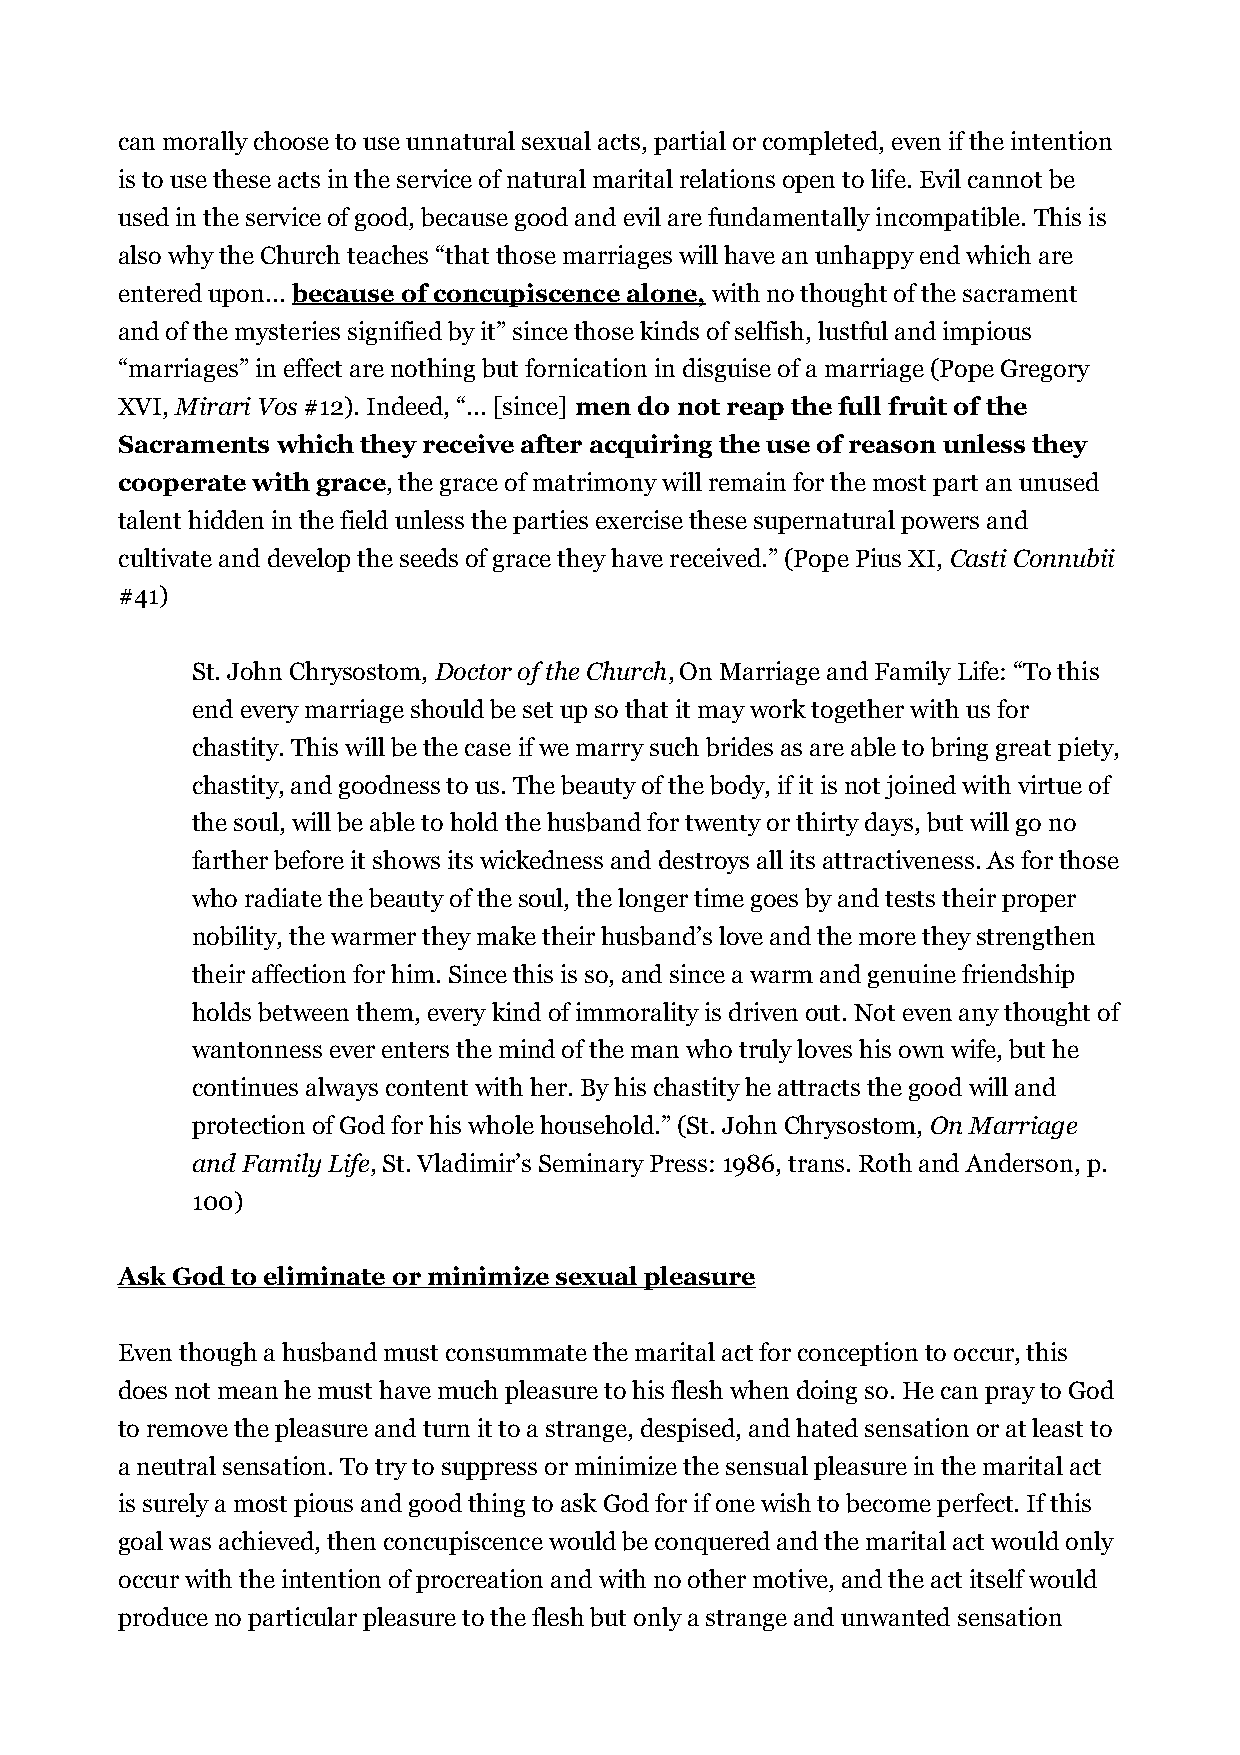
can morally choose to use unnatural sexual acts, partial or completed, even if the intention
 is to use these acts in the service of natural marital relations open to life. Evil cannot be
 used in the service of good, because good and evil are fundamentally incompatible. This is
 also why the Church teaches “that those marriages will have an unhappy end which are
 entered upon... because of concupiscence alone, with no thought of the sacrament
 and of the mysteries signified by it” since those kinds of selfish, lustful and impious
 “marriages” in effect are nothing but fornication in disguise of a marriage (Pope Gregory
 XVI, Mirari Vos #12). Indeed, “... [since] men do not reap the full fruit of the
 Sacraments which they receive after acquiring the use of reason unless they
 cooperate with grace, the grace of matrimony will remain for the most part an unused
 talent hidden in the field unless the parties exercise these supernatural powers and
 cultivate and develop the seeds of grace they have received.” (Pope Pius XI, Casti Connubii
 #41)
 St. John Chrysostom, Doctor of the Church, On Marriage and Family Life: “To this
 end every marriage should be set up so that it may work together with us for
 chastity. This will be the case if we marry such brides as are able to bring great piety,
 chastity, and goodness to us. The beauty of the body, if it is not joined with virtue of
 the soul, will be able to hold the husband for twenty or thirty days, but will go no
 farther before it shows its wickedness and destroys all its attractiveness. As for those
 who radiate the beauty of the soul, the longer time goes by and tests their proper
 nobility, the warmer they make their husband’s love and the more they strengthen
 their affection for him. Since this is so, and since a warm and genuine friendship
 holds between them, every kind of immorality is driven out. Not even any thought of
 wantonness ever enters the mind of the man who truly loves his own wife, but he
 continues always content with her. By his chastity he attracts the good will and
 protection of God for his whole household.” (St. John Chrysostom, On Marriage
 and Family Life, St. Vladimir’s Seminary Press: 1986, trans. Roth and Anderson, p.
 100)
 Ask God to eliminate or minimize sexual pleasure
 Even though a husband must consummate the marital act for conception to occur, this
 does not mean he must have much pleasure to his flesh when doing so. He can pray to God
 to remove the pleasure and turn it to a strange, despised, and hated sensation or at least to
 a neutral sensation. To try to suppress or minimize the sensual pleasure in the marital act
 is surely a most pious and good thing to ask God for if one wish to become perfect. If this
 goal was achieved, then concupiscence would be conquered and the marital act would only
 occur with the intention of procreation and with no other motive, and the act itself would
 produce no particular pleasure to the flesh but only a strange and unwanted sensation